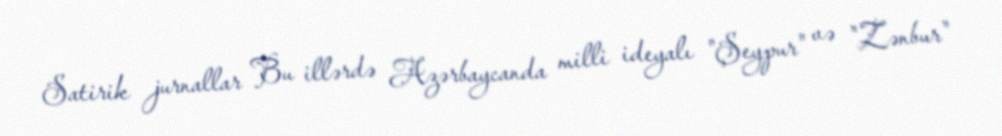
Satirik jurnallar Bu illərdə Azərbaycanda milli ideyalı "Şeypur" və "Zənbur"